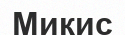
Микис